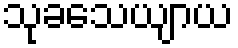
သုခသေယျာယ